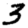
Digit: 3